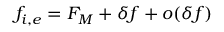
f _ { i , e } = F _ { M } + \delta f + o ( \delta f )